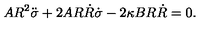
A R ^ { 2 } \ddot { \sigma } + 2 A R \dot { R } \dot { \sigma } - 2 \kappa B R \dot { R } = 0 .